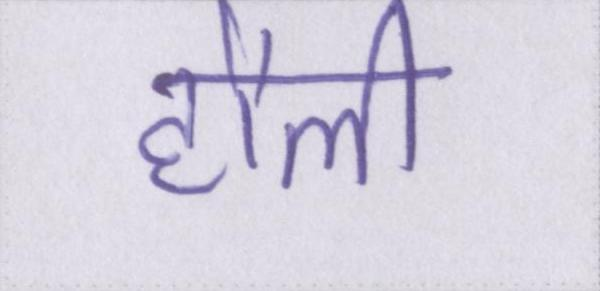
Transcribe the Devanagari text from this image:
हौली